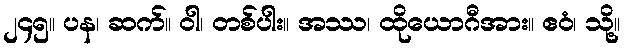
၂၄၅။ ပန၊ ဆက်။ ဝါ၊ တစ်ပါး။ အဿ၊ ထိုယောဂီအား။ ဧဝံ၊ သို့။